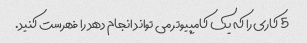
5 کاری را که یک کامپیوتر می تواند انجام دهد را فهرست کنید.